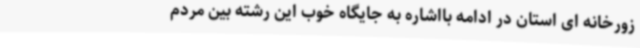
زورخانه ای استان در ادامه بااشاره به جایگاه خوب این رشته بین مردم